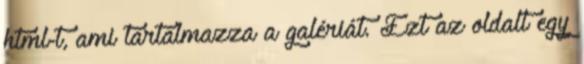
html-t, ami tartalmazza a galériát. Ezt az oldalt egy